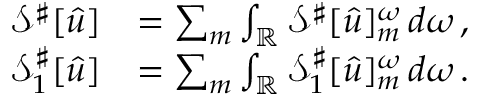
\begin{array} { r l } { \mathcal { S } ^ { \sharp } [ { \widehat { u } } ] } & { = \sum _ { m } \int _ { \mathbb { R } } \mathcal { S } ^ { \sharp } [ { \widehat { u } } ] _ { m } ^ { \omega } \, d \omega \, , } \\ { { \mathcal { S } _ { 1 } ^ { \sharp } } [ { \widehat { u } } ] } & { = \sum _ { m } \int _ { \mathbb { R } } { \mathcal { S } _ { 1 } ^ { \sharp } } [ { \widehat { u } } ] _ { m } ^ { \omega } \, d \omega \, . } \end{array}